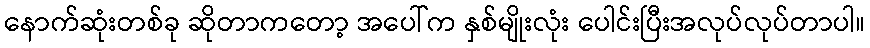
နောက်ဆုံးတစ်ခု ဆိုတာကတော့ အပေါ်က နှစ်မျိုးလုံး ပေါင်းပြီးအလုပ်လုပ်တာပါ။